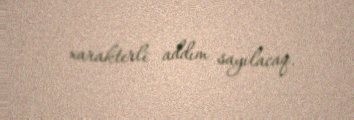
xarakterli addım sayılacaq.